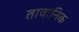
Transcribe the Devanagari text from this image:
तावानिक